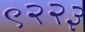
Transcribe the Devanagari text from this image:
९२२३